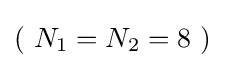
(~N_{1}=N_{2}=8~)